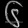
Digit: ၆